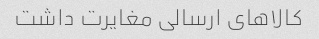
کالاهای ارسالی مغایرت داشت